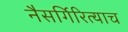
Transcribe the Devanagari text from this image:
नैसर्गिरित्याच